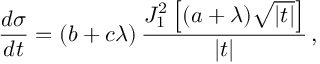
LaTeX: \frac { d \sigma } { d t } = ( b + c \lambda ) \, \frac { J _ { 1 } ^ { 2 } \left[ ( a + \lambda ) \sqrt { | t | } \right] } { | t | } \, ,